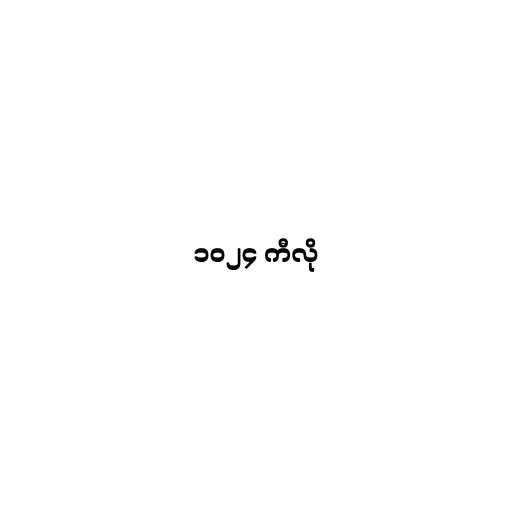
၁၀၂၄ ကီလို